Annual vaccination report of Bihar and Orissa - 1911-1928
Year: 1911
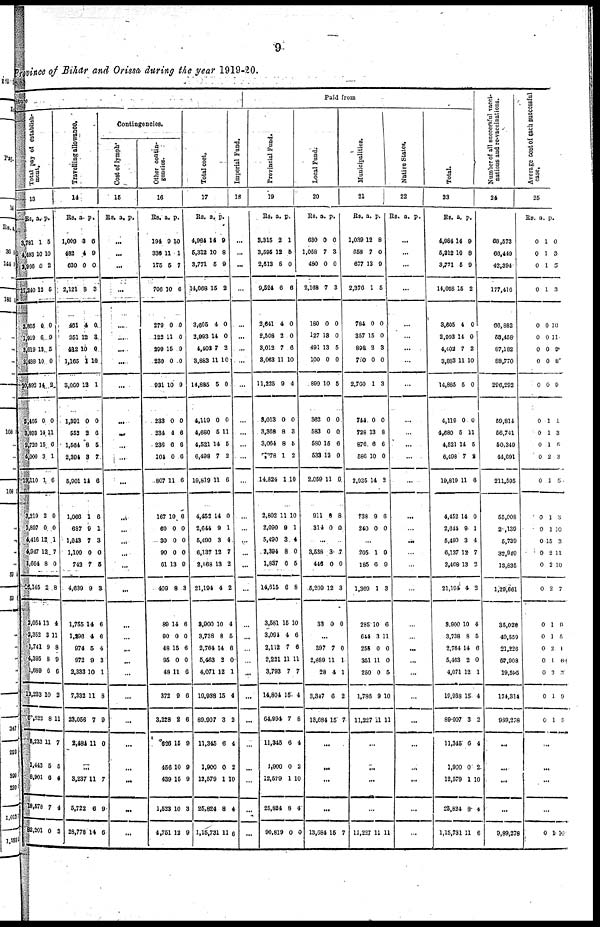
9
Province of Bihar and Orissa during the year 1919-20.
iture
Total pay of establish-
ment.
13
Rs.
3,781
4,493
2,966
11,240
2,865
1,919
3,619
2,488
10,892
2,495
3,893
2,720
4,000
13,110
3,219
1,897
4,416
4,947
1,664
16,145
2,054
2,352
1,741
4,395
1,689
12,233
63,622
8,233
1,443
8,901
18,578
82,201
a.
1
10
0
12
0
6
13
10
14
0
14
15
3
1
2
0
12
12
8
2
13
3
9
8
6
10
8
11
5
6
7
0
p.
5
10
2
5
0
9
5
0
2
0
11
6
1
6
0
0
1
7
0
8
4
11
8
9
6
2
11
7
5
4
4
3
Travelling allowance.
14
Rs.
1,009
482
630
2,121
461
351
482
1,165
3,060
1,391
552
1,564
2,394
5,901
1,066
637
1,043
1,100
742
4,639
1,755
1,296
974
972
2,333
7,332
23,056
2,484
a.
3
4
0
8
4
12
10
1
12
0
2
8
3
14
1
9
7
0
7
9
14
4
5
9
10
11
7
11
p.
6
9
0
3
0
3
0
10
1
0
6
5
7
6
6
1
3
0
5
3
6
6
4
3
1
8
9
0
...
3,237
5,722
28,778
11
6
14
7
9
6
Contingencies.
Cost of lymph.
15
Rs. a. p.
...
...
...
...
...
...
...
...
...
...
...
...
...
...
...
...
...
...
...
...
...
...
...
...
...
...
...
...
...
...
...
...
Other contin-
gencies.
16
Rs.
194
336
175
706
279
122
299
230
931
233
234
236
104
807
167
60
30
90
61
409
89
90
48
95
48
372
3,228
626
456
439
1,523
4,751
a.
9
11
5
10
0
11
15
0
10
0
4
6
0
11
10
0
0
0
13
8
14
0
15
0
11
9
2
15
10
15
10
12
p.
10
1
7
6
0
0
9
0
9
0
6
6
6
6
6
0
0
0
9
3
6
0
6
0
6
6
6
9
9
9
3
9
Total cost.
17
Rs.
4,984
5,312
3,771
14,068
3,605
2,993
4,402
3,883
14,885
4,119
4,680
4,521
6,498
19,819
4,452
2,644
5,490
6,137
2,468
21,194
3,900
3,738
2,764
5,463
4,071
19,938
89,907
11,345
1,900
12,579
25,824
1,15,731
a.
14
10
5
15
4
14
7
11
5
0
5
14
7
11
14
9
3
12
13
4
10
8
14
2
12
15
3
6
0
1
8
11
p.
9
8
9
2
0
0
2
10
0
0
11
5
2
6
0
1
4
7
2
2
4
5
6
0
1
4
2
4
2
10
4
6
Imperial Fund.
18
...
...
...
...
...
...
...
...
...
...
...
...
...
...
...
...
...
...
...
...
...
...
...
...
...
...
...
...
...
...
...
...
Paid from
Provincial Fund.
19
Rs.
3,315
3,595
2,613
9,524
2,641
2,508
3,012
3,063
11,225
3,013
3,368
3,064
7,978
14,824
2,802
2,090
5,490
2,394
1,837
14,615
3,581
3,094
2,112
2,221
3,793
14,804
64,994
11,345
1,900
12,579
25,824
90,819
a.
2
12
8
6
4
2
7
11
9
0
8
8
1
1
11
9
3
8
6
6
15
4
7
11
7
15
7
6
0
1
8
0
p.
1
5
0
6
0
0
6
10
4
0
3
5
2
10
10
1
4
0
5
8
10
6
6
11
7
4
8
4
2
10
4
0
Local Fund.
20
Rs.
630
1,058
480
2,168
180
127
491
100
899
362
583
580
533
2,059
911
314
a.
0
7
0
7
0
13
13
0
10
0
0
15
12
11
8
0
p.
0
3
0
3
0
0
5
0
5
0
0
6
0
6
8
0
...
3,538
446
5,209
33
3
0
12
0
7
0
3
0
...
397
2,889
28
3,347
13,684
7
11
4
6
15
0
1
1
2
7
...
...
...
...
13,684 15 7
Municipalities.
21
Rs.
1,039
658
677
2,376
784
357
898
720
2,760
744
728
876
586
2,935
738
240
a.
12
7
13
1
0
15
2
0
1
0
13
6
10
14
9
0
p.
8
0
9
5
0
0
3
0
3
0
8
6
0
2
6
0
...
205
185
1,369
285
644
255
351
250
1,786
11,227
1
6
1
10
3
0
11
0
9
11
0
9
3
6
11
0
0
5
10
11
...
...
...
...
11,227 11 11
Native States.
22
Rs. a. p.
...
...
...
...
...
...
...
...
...
...
...
...
...
...
...
...
...
...
...
...
...
...
...
...
...
...
...
...
...
...
...
...
Total.
23
Rs.
4,984
5,312
3,771
14,068
3,605
2,993
4,402
3,883
14,885
4,119
4,680
4,521
6,498
19,819
4,452
2,644
5,490
6,137
2,468
21,194
3,900
3,738
2,764
5,463
4,071
19,938
89,907
11,345
1,900
12,579
25,824
1,15,731
a.
14
10
5
15
4
14
7
11
5
0
5
14
7
11
14
9
3
12
13
4
10
8
14
2
12
15
3
6
0
1
8
11
p.
9
8
9
2
0
0
2
10
0
0
11
5
2
6
0
1
4
7
2
2
4
5
6
0
1
4
2
4
2
10
4
6
Number of all successful vacci-
nations and re-vaccinations.
24
68,573
66,449
42,394
177,416
66,882
53,458
87,182
88,770
296,292
59,814
56,741
50,349
44,691
211,595
55,008
21,139
5,739
32,940
13,835
1,29,661
35,026
40,559
21,226
57,908
19,595
174,314
989,278
...
...
...
...
9,89,278
Average
cost of each successful
case.
25
Rs.
0
0
0
0
0
0
0
0
0
0
0
0
0
0
0
0
0
0
0
0
0
0
0
0
0
0
0
a.
1
1
1
1
0
0
0
0
0
1
1
1
2
1
1
1
15
2
2
2
1
1
2
1
3
1
1
p.
0
3
5
3
10
11
9
8
9
1
3
5
3
5
8
10
3
11
10
7
0
5
1
6
5
9
5
...
...
...
...
0 1 10